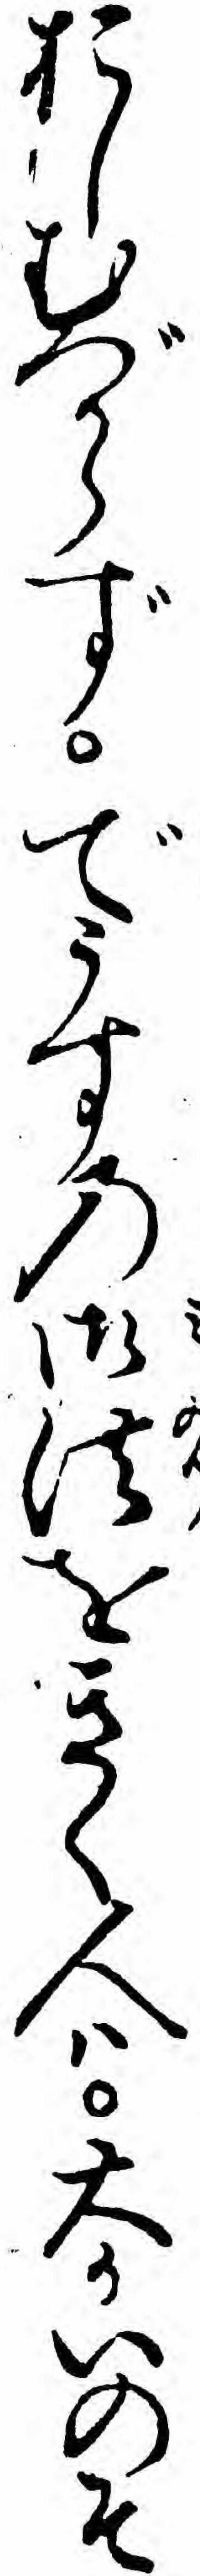
おしむべからずでうすの御法をきく人ハ大かいのそ